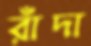
রাঁদা